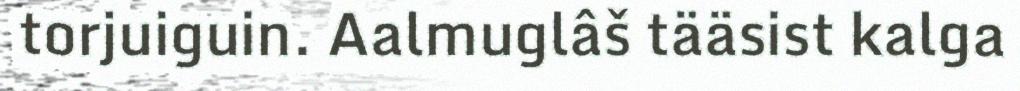
torjuiguin. Aalmuglâš tääsist kalga